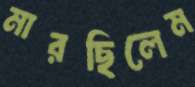
মারছিলেম